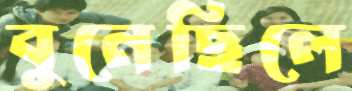
বুনেছিলে